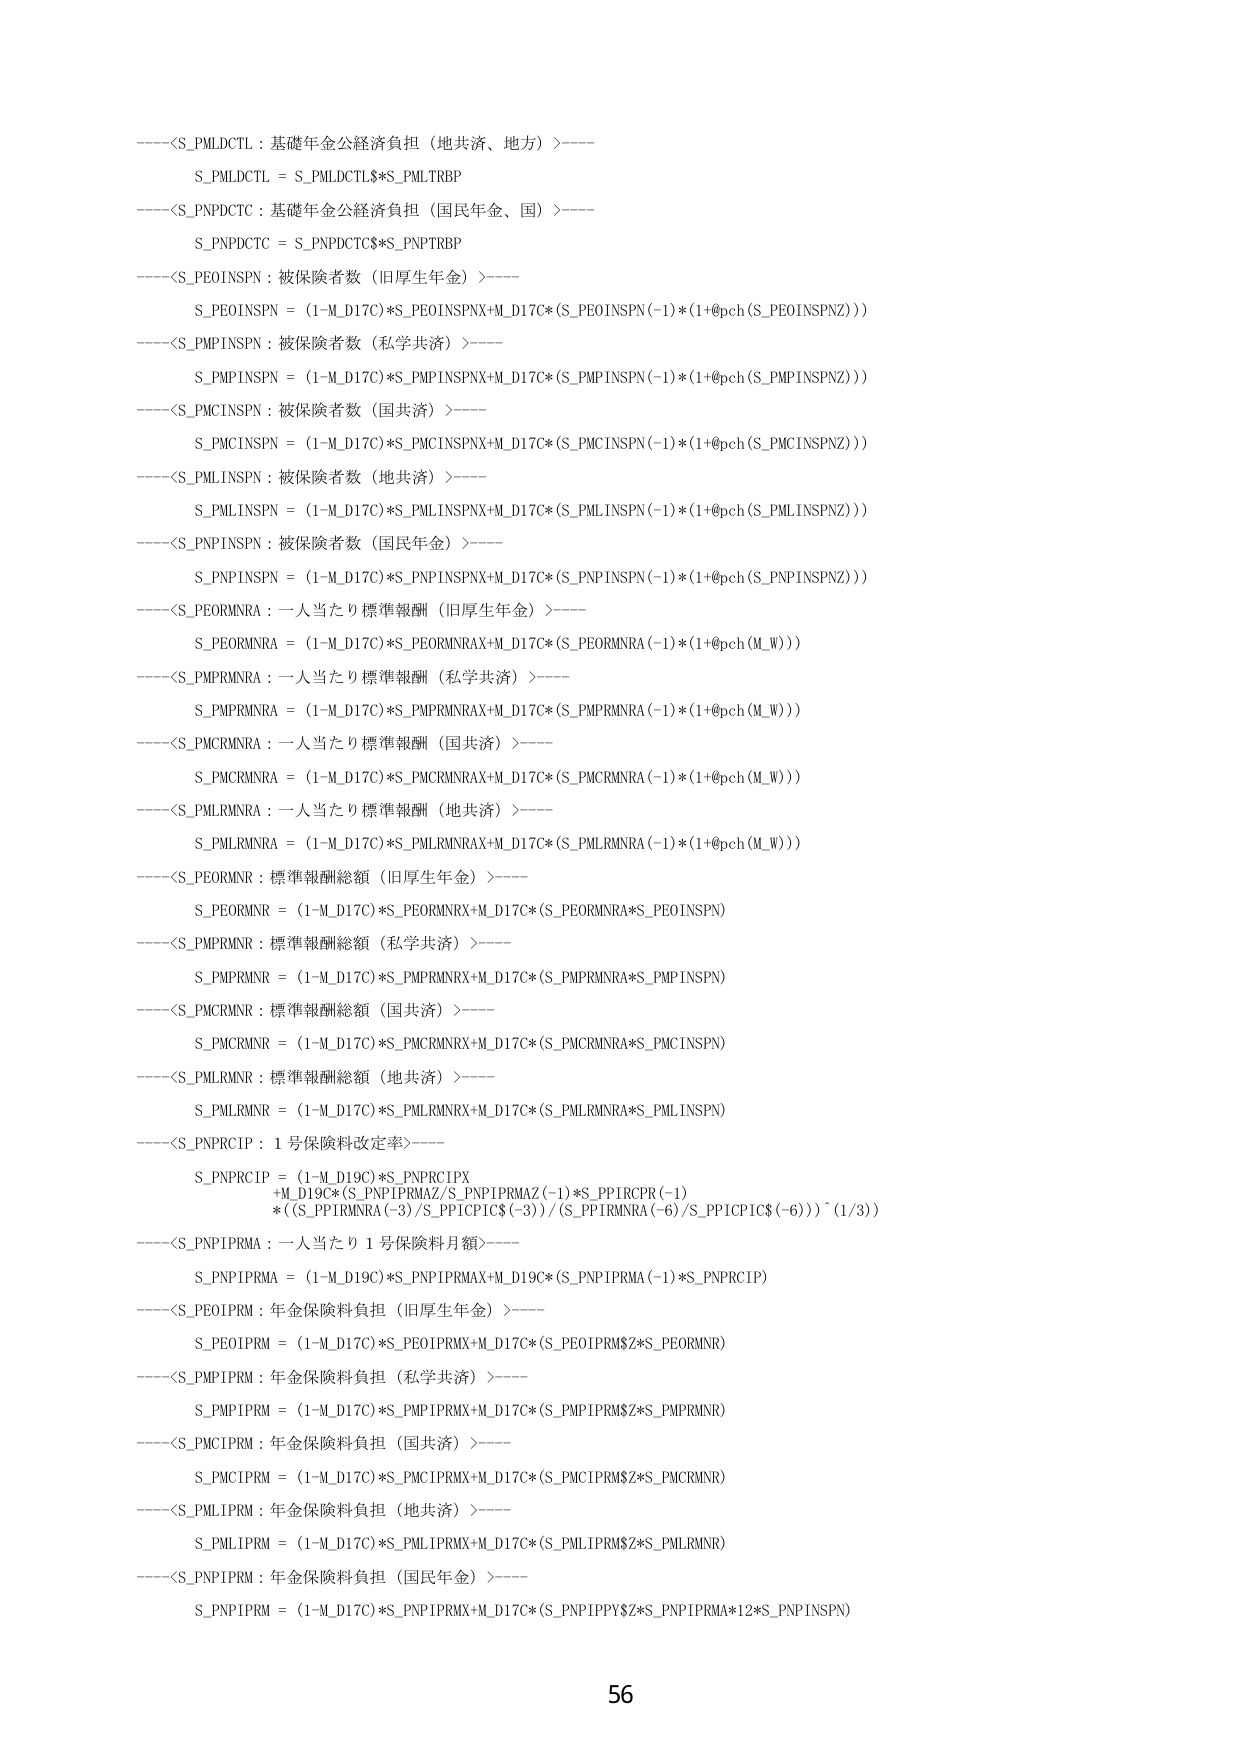
----<S_PMLDCTL : 基礎年金公経済負担（地共済、地方）>----
S_PMLDCTL = S_PMLDCTL$*S_PMLTRBP

----<S_PNPDCTC : 基礎年金公経済負担（国民年金、国）>----
S_PNPDCTC = S_PNPDCTC$*S_PNPTRBP

----<S_PEOINSPN : 被保険者数（旧厚生年金）>----
S_PEOINSPN = (1-M_D17C)*S_PEOINSPNX+M_D17C*(S_PEOINSPN(-1)*(1+@pch(S_PEOINSPNZ)))

----<S_PMPINSPN : 被保険者数（私学共済）>----
S_PMPINSPN = (1-M_D17C)*S_PMPINSPNX+M_D17C*(S_PMPINSPN(-1)*(1+@pch(S_PMPINSPNZ)))

----<S_PMCINSPN : 被保険者数（国共済）>----
S_PMCINSPN = (1-M_D17C)*S_PMCINSPNX+M_D17C*(S_PMCINSPN(-1)*(1+@pch(S_PMCINSPNZ)))

----<S_PMLINSPN : 被保険者数（地共済）>----
S_PMLINSPN = (1-M_D17C)*S_PMLINSPNX+M_D17C*(S_PMLINSPN(-1)*(1+@pch(S_PMLINSPNZ)))

----<S_PNPINSPN : 被保険者数（国民年金）>----
S_PNPINSPN = (1-M_D17C)*S_PNPINSPNX+M_D17C*(S_PNPINSPN(-1)*(1+@pch(S_PNPINSPNZ)))

----<S_PEORMNRA : 一人当たり標準報酬（旧厚生年金）>----
S_PEORMNRA = (1-M_D17C)*S_PEORMNRAX+M_D17C*(S_PEORMNRA(-1)*(1+@pch(M_W)))

----<S_PMPRMNRA : 一人当たり標準報酬（私学共済）>----
S_PMPRMNRA = (1-M_D17C)*S_PMPRMNRAX+M_D17C*(S_PMPRMNRA(-1)*(1+@pch(M_W)))

----<S_PMCRMNRA : 一人当たり標準報酬（国共済）>----
S_PMCRMNRA = (1-M_D17C)*S_PMCRMNRAX+M_D17C*(S_PMCRMNRA(-1)*(1+@pch(M_W)))

----<S_PMLRMNRA : 一人当たり標準報酬（地共済）>----
S_PMLRMNRA = (1-M_D17C)*S_PMLRMNRAX+M_D17C*(S_PMLRMNRA(-1)*(1+@pch(M_W)))

----<S_PEORMNR : 標準報酬総額（旧厚生年金）>----
S_PEORMNR = (1-M_D17C)*S_PEORMNRRX+M_D17C*(S_PEORMNRA*S_PEOINSPN)

----<S_PMPRMNR : 標準報酬総額（私学共済）>----
S_PMPRMNR = (1-M_D17C)*S_PMPRMNRRX+M_D17C*(S_PMPRMNRA*S_PMPINSPN)

----<S_PMCRMNR : 標準報酬総額（国共済）>----
S_PMCRMNR = (1-M_D17C)*S_PMCRMNRRX+M_D17C*(S_PMCRMNRA*S_PMCINSPN)

----<S_PMLRMNR : 標準報酬総額（地共済）>----
S_PMLRMNR = (1-M_D17C)*S_PMLRMNRRX+M_D17C*(S_PMLRMNRA*S_PMLINSPN)

----<S_PNPRCIP : 1号保険料改定率>----
S_PNPRCIP = (1-M_D19C)*S_PNPRCIPX
+M_D19C*(S_PNPIPRMAZ/S_PNPIPRMAZ(-1)*S_PPIRCPR(-1)
*((S_PPIRMNRA(-3)/S_PPIPCIC$(-3))/(S_PPIRMNRA(-6)/S_PPIPCIC$(-6)))^(1/3))

----<S_PNPIPRMA : 一人当たり1号保険料月額>----
S_PNPIPRMA = (1-M_D19C)*S_PNPIPRMAX+M_D19C*(S_PNPIPRMA(-1)*S_PNPRCIP)

----<S_PEOIPRM : 年金保険料負担（旧厚生年金）>----
S_PEOIPRM = (1-M_D17C)*S_PEOIPRMX+M_D17C*(S_PEOIPRM$Z*S_PEORMNR)

----<S_PMPIPRM : 年金保険料負担（私学共済）>----
S_PMPIPRM = (1-M_D17C)*S_PMPIPRMX+M_D17C*(S_PMPIPRM$Z*S_PMPRMNR)

----<S_PMCIPRM : 年金保険料負担（国共済）>----
S_PMCIPRM = (1-M_D17C)*S_PMCIPRMX+M_D17C*(S_PMCIPRM$Z*S_PMCRMNR)

----<S_PMLIPRM : 年金保険料負担（地共済）>----
S_PMLIPRM = (1-M_D17C)*S_PMLIPRMX+M_D17C*(S_PMLIPRM$Z*S_PMLRMNR)

----<S_PNPIPRM : 年金保険料負担（国民年金）>----
S_PNPIPRM = (1-M_D17C)*S_PNPIPRMX+M_D17C*(S_PNPIPPY$Z*S_PNPIPRMA*12*S_PNPINSPN)

56